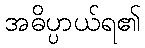
အဓိပ္ပာယ်ရ၏